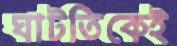
ঘাটতিকেই